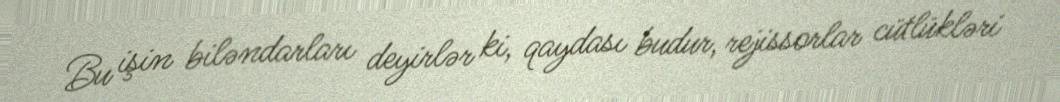
Bu işin biləndarları deyirlər ki, qaydası budur, rejissorlar cütlükləri